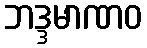
ဘဒ္ဒမာဏဝ